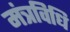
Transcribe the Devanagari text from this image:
मंत्रविधि